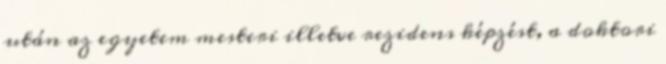
után az egyetem mesteri illetve rezidens képzést, a doktori